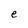
Character: e